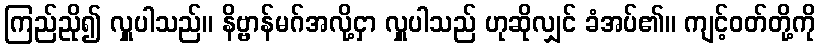
ကြည်ညို၍ လှူပါသည်။ နိဗ္ဗာန်မဂ်အလို့ငှာ လှူပါသည် ဟုဆိုလျှင် ခံအပ်၏။ ကျင့်ဝတ်တို့ကို